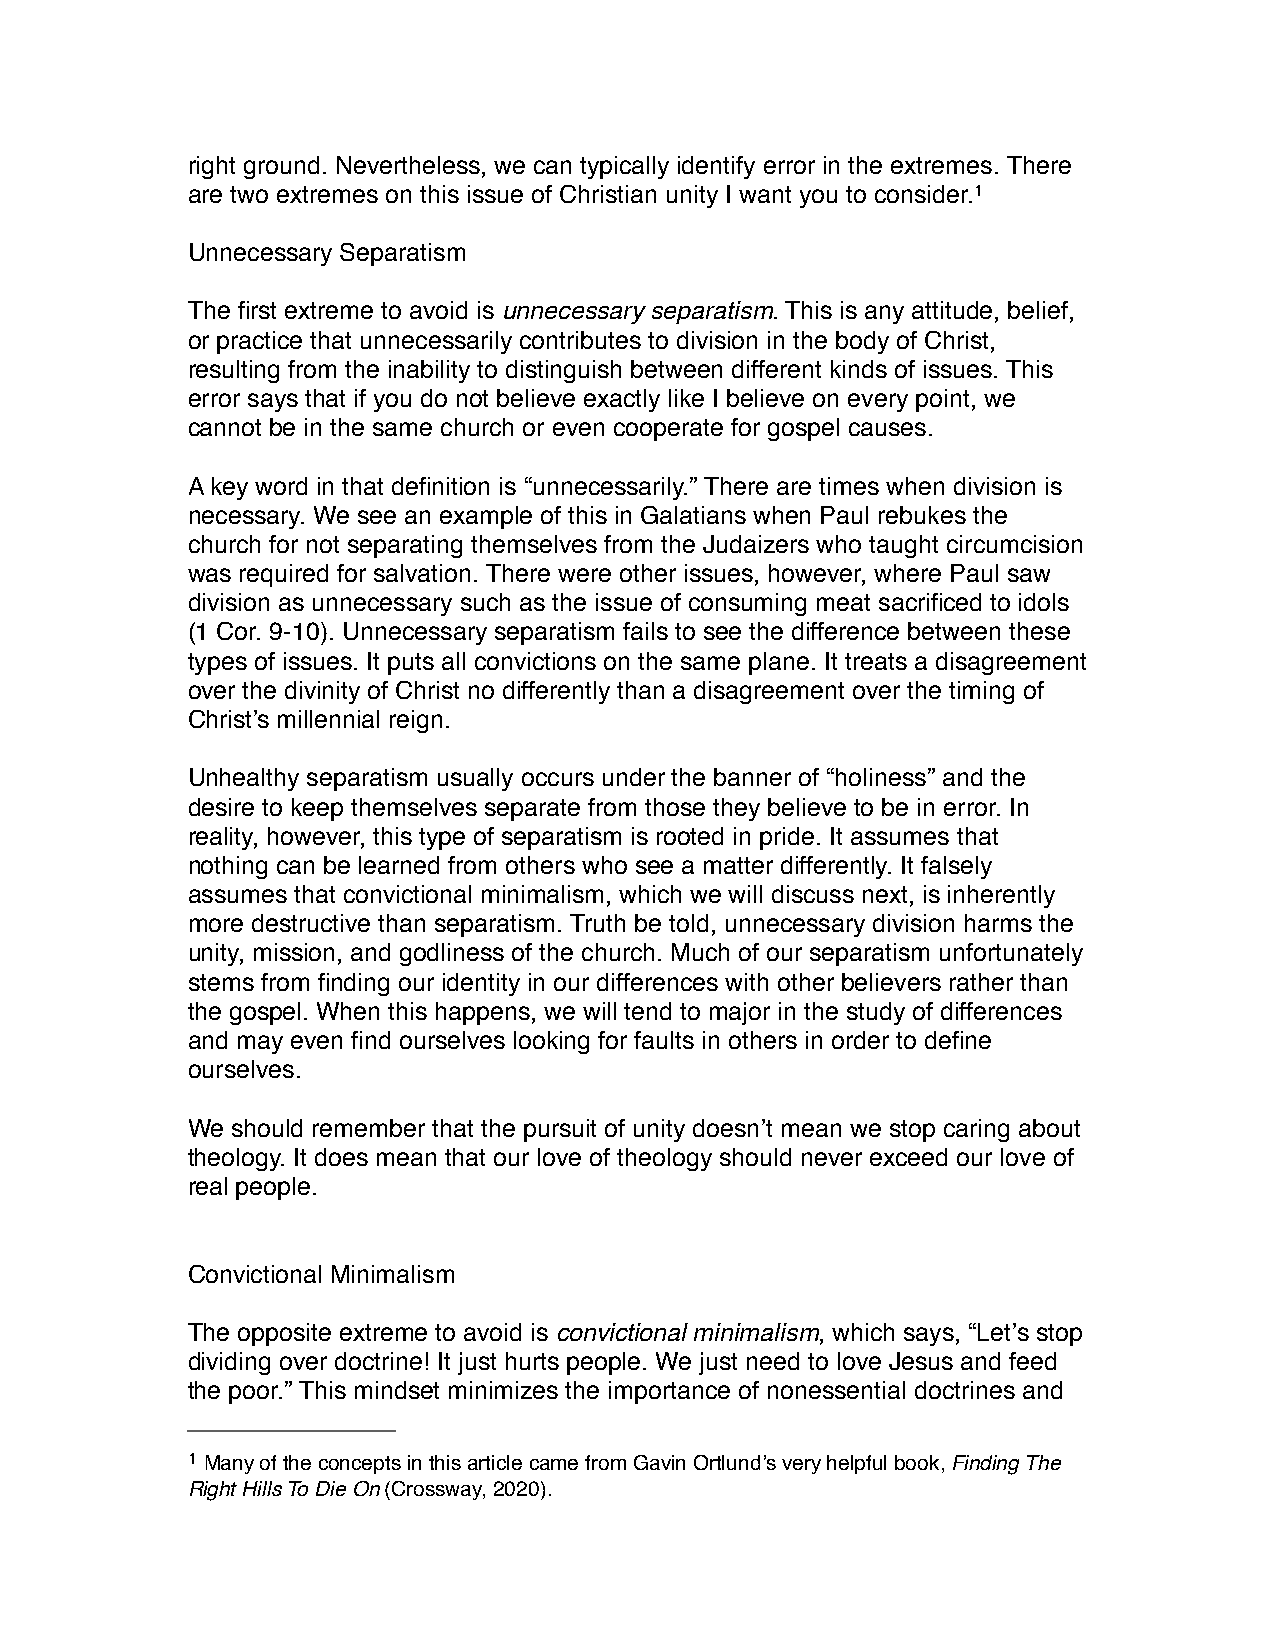
right ground. Nevertheless, we can typically identify error in the extremes. There
 are two extremes on this issue of Christian unity I want you to consider.1
 Unnecessary Separatism
 The first extreme to avoid is unnecessary separatism. This is any attitude, belief,
 or practice that unnecessarily contributes to division in the body of Christ,
 resulting from the inability to distinguish between different kinds of issues. This
 error says that if you do not believe exactly like I believe on every point, we
 cannot be in the same church or even cooperate for gospel causes.
 A key word in that definition is “unnecessarily.” There are times when division is
 necessary. We see an example of this in Galatians when Paul rebukes the
 church for not separating themselves from the Judaizers who taught circumcision
 was required for salvation. There were other issues, however, where Paul saw
 division as unnecessary such as the issue of consuming meat sacrificed to idols
 (1 Cor. 9-10). Unnecessary separatism fails to see the difference between these
 types of issues. It puts all convictions on the same plane. It treats a disagreement
 over the divinity of Christ no differently than a disagreement over the timing of
 Christ’s millennial reign.
 Unhealthy separatism usually occurs under the banner of “holiness” and the
 desire to keep themselves separate from those they believe to be in error. In
 reality, however, this type of separatism is rooted in pride. It assumes that
 nothing can be learned from others who see a matter differently. It falsely
 assumes that convictional minimalism, which we will discuss next, is inherently
 more destructive than separatism. Truth be told, unnecessary division harms the
 unity, mission, and godliness of the church. Much of our separatism unfortunately
 stems from finding our identity in our differences with other believers rather than
 the gospel. When this happens, we will tend to major in the study of differences
 and may even find ourselves looking for faults in others in order to define
 ourselves.
 We should remember that the pursuit of unity doesn’t mean we stop caring about
 theology. It does mean that our love of theology should never exceed our love of
 real people.
 Convictional Minimalism
 The opposite extreme to avoid is convictional minimalism, which says, “Let’s stop
 dividing over doctrine! It just hurts people. We just need to love Jesus and feed
 the poor.” This mindset minimizes the importance of nonessential doctrines and
 1 Many of the concepts in this article came from Gavin Ortlund’s very helpful book, Finding The
 Right Hills To Die On (Crossway, 2020).